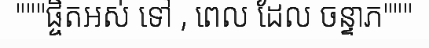
"""ផ្ចិតឣស់ ទៅ , ពេល ដែល ចន្ទាភ"""